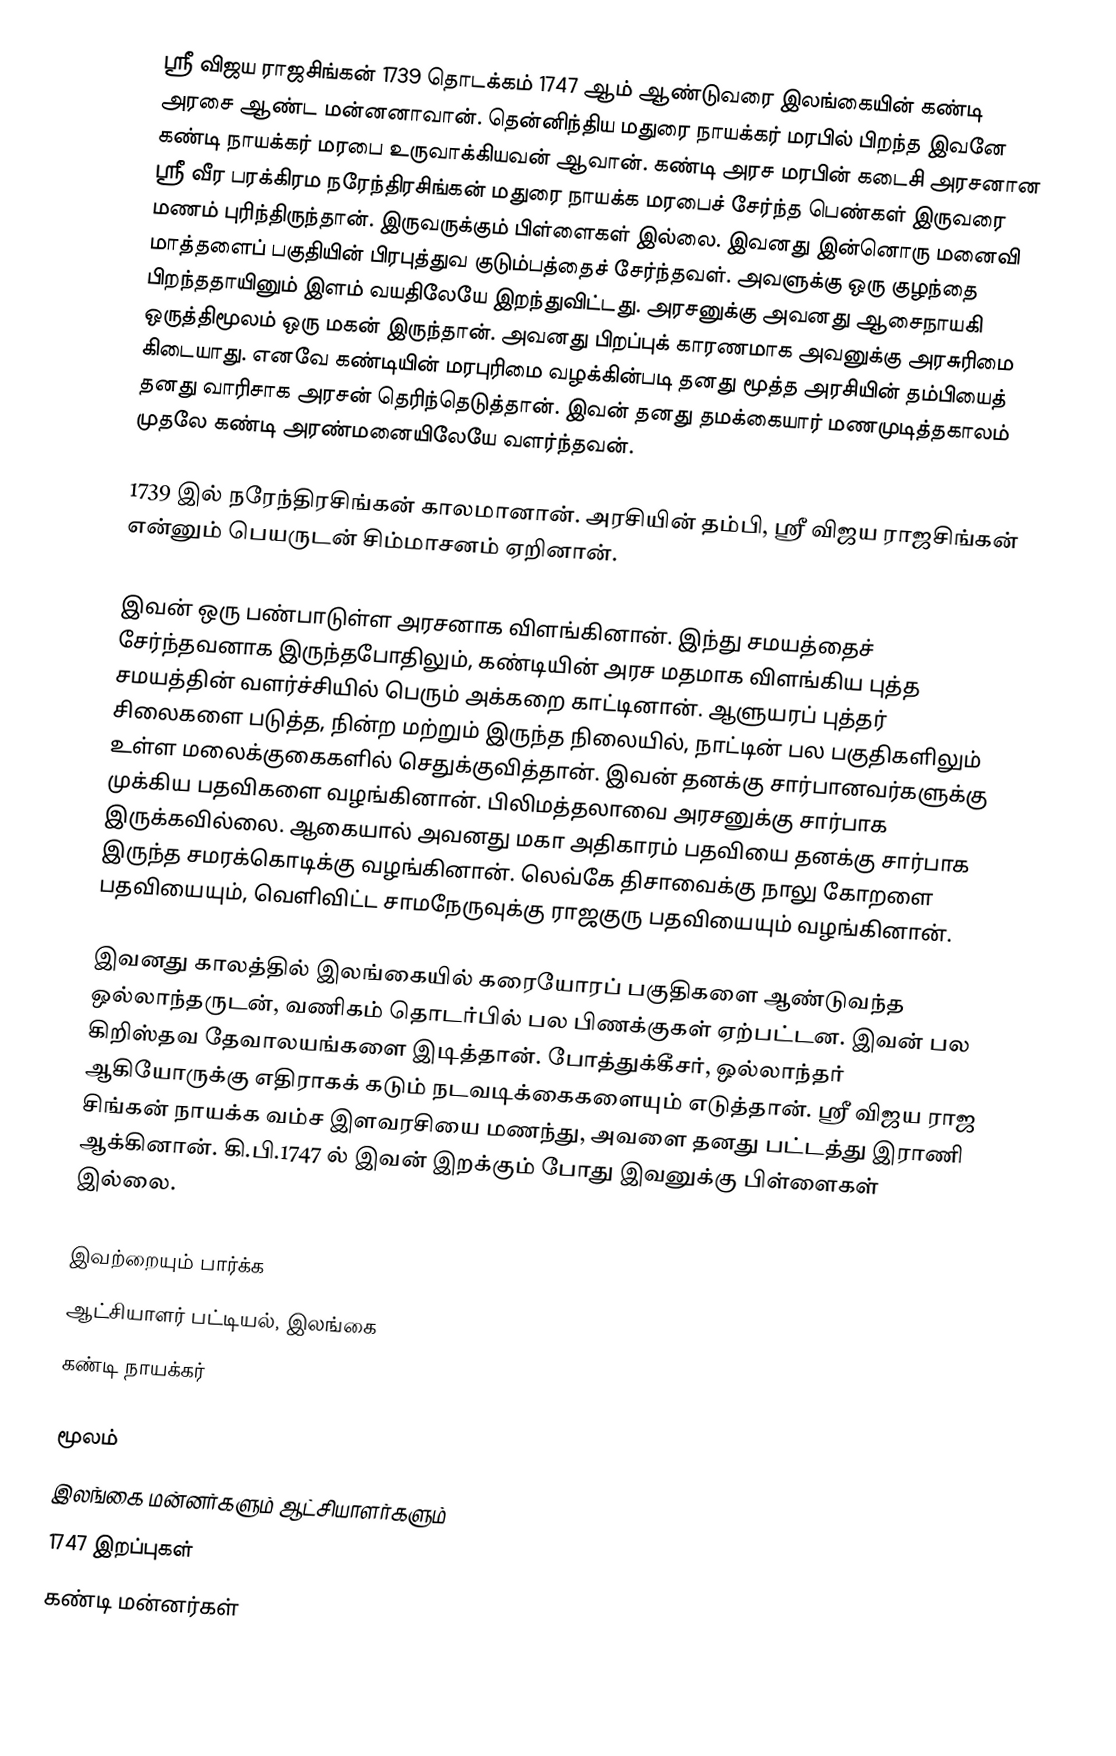
ஸ்ரீ விஜய ராஜசிங்கன் 1739 தொடக்கம் 1747 ஆம் ஆண்டுவரை இலங்கையின் கண்டி அரசை ஆண்ட மன்னனாவான். தென்னிந்திய மதுரை நாயக்கர் மரபில் பிறந்த இவனே கண்டி நாயக்கர் மரபை உருவாக்கியவன் ஆவான். கண்டி அரச மரபின் கடைசி அரசனான ஸ்ரீ வீர பரக்கிரம நரேந்திரசிங்கன் மதுரை நாயக்க மரபைச் சேர்ந்த பெண்கள் இருவரை மணம் புரிந்திருந்தான். இருவருக்கும் பிள்ளைகள் இல்லை. இவனது இன்னொரு மனைவி மாத்தளைப் பகுதியின் பிரபுத்துவ குடும்பத்தைச் சேர்ந்தவள். அவளுக்கு ஒரு குழந்தை பிறந்ததாயினும் இளம் வயதிலேயே இறந்துவிட்டது. அரசனுக்கு அவனது ஆசைநாயகி ஒருத்திமூலம் ஒரு மகன் இருந்தான். அவனது பிறப்புக் காரணமாக அவனுக்கு அரசுரிமை கிடையாது. எனவே கண்டியின் மரபுரிமை வழக்கின்படி தனது மூத்த அரசியின் தம்பியைத் தனது வாரிசாக அரசன் தெரிந்தெடுத்தான். இவன் தனது தமக்கையார் மணமுடித்தகாலம் முதலே கண்டி அரண்மனையிலேயே வளர்ந்தவன்.

1739 இல் நரேந்திரசிங்கன் காலமானான். அரசியின் தம்பி, ஸ்ரீ விஜய ராஜசிங்கன் என்னும் பெயருடன் சிம்மாசனம் ஏறினான்.

இவன் ஒரு பண்பாடுள்ள அரசனாக விளங்கினான். இந்து சமயத்தைச் சேர்ந்தவனாக இருந்தபோதிலும், கண்டியின் அரச மதமாக விளங்கிய புத்த சமயத்தின் வளர்ச்சியில் பெரும் அக்கறை காட்டினான். ஆளுயரப் புத்தர் சிலைகளை படுத்த, நின்ற மற்றும் இருந்த நிலையில், நாட்டின் பல பகுதிகளிலும் உள்ள மலைக்குகைகளில் செதுக்குவித்தான். இவன் தனக்கு சார்பானவர்களுக்கு முக்கிய பதவிகளை வழங்கினான். பிலிமத்தலாவை அரசனுக்கு சார்பாக இருக்கவில்லை. ஆகையால் அவனது மகா அதிகாரம் பதவியை தனக்கு சார்பாக இருந்த சமரக்கொடிக்கு வழங்கினான். லெவ்கே திசாவைக்கு நாலு கோறளை பதவியையும், வெளிவிட்ட சாமநேருவுக்கு ராஜகுரு பதவியையும் வழங்கினான்.

இவனது காலத்தில் இலங்கையில் கரையோரப் பகுதிகளை ஆண்டுவந்த ஒல்லாந்தருடன், வணிகம் தொடர்பில் பல பிணக்குகள் ஏற்பட்டன. இவன் பல கிறிஸ்தவ தேவாலயங்களை இடித்தான். போத்துக்கீசர், ஒல்லாந்தர் ஆகியோருக்கு எதிராகக் கடும் நடவடிக்கைகளையும் எடுத்தான். ஸ்ரீ விஜய ராஜ சிங்கன் நாயக்க வம்ச இளவரசியை மணந்து, அவளை தனது பட்டத்து இராணி ஆக்கினான். கி.பி.1747 ல் இவன் இறக்கும் போது இவனுக்கு பிள்ளைகள் இல்லை.

இவற்றையும் பார்க்க
ஆட்சியாளர் பட்டியல், இலங்கை
கண்டி நாயக்கர்

மூலம்
 இலங்கை மன்னர்களும் ஆட்சியாளர்களும்
1747 இறப்புகள்
கண்டி மன்னர்கள்